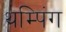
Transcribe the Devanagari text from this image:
थम्पिंग